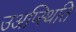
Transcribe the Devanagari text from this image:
उअप्स्थिति